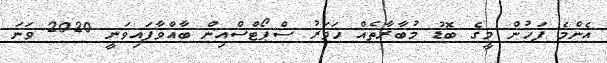
އެންމެ ފަހުން މީގެ ބޮޑު މުބާރާތެއް ހަވަރު ސްޕޯޓްސްއިން ބާއްވާފައިވަނީ 2020 ވަނަ